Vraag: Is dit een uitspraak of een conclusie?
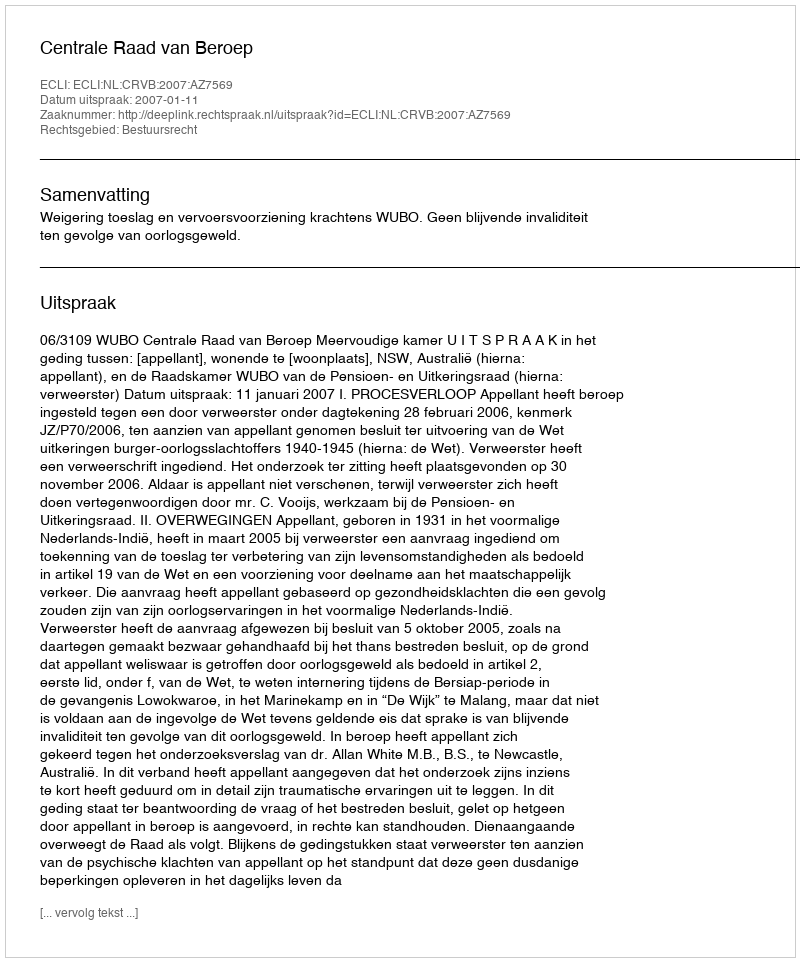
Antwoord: Uitspraak